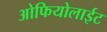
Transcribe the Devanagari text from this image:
ओफियोलाईट